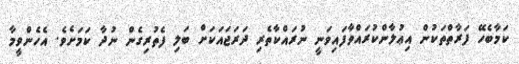
ކަމާބެހޭ ފަރާތްތަކުން އިޢުލާންކުރައްވާފައިވަނީ ނުރައްކާތެރި ދަރަޖައަކަށް ބަލި ފެތުރިގެން ނުދާ ކަމަށެވެ. އެހެންވީމާ